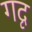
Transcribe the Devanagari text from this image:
गदृ